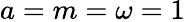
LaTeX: a=m=\omega=1